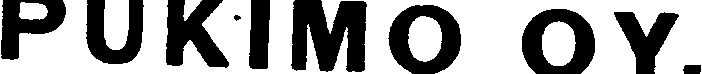
PUKIMO OY.